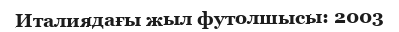
Италиядағы жыл футолшысы: 2003